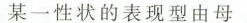
某一性状的表现型由母